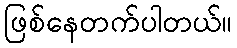
ဖြစ်နေတက်ပါတယ်။